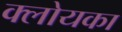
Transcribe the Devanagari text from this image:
क्लोयका